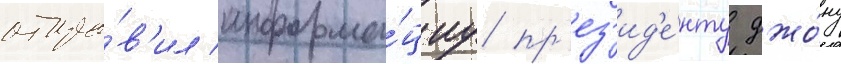
отпра́в'ил информа́циу пр'ез'ид'е́нту джо́ну